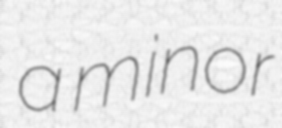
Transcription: a minor